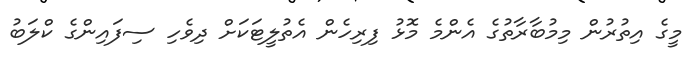
މީގެ އިތުރުން މިމުބާރާތުގެ އެންމެ މޮޅު ފިރިހެން އެތުލީޓަކަށް ދިވެހި ސިފައިންގެ ކްލަބު